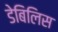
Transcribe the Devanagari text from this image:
डेबिलिस